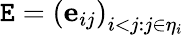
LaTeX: \mathtt{E}=\left(\mathbf{{e}}_{ij}\right)_{i<j:j\in\eta_{i}}